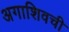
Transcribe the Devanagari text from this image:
अगाशिवची